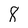
Character: 8